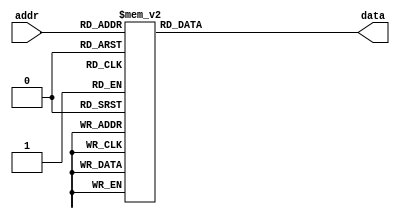
`timescale 1ns / 1ps
//////////////////////////////////////////////////////////////////////////////////
// Company: 
// Engineer: 
// 
// Design Name: 
// Module Name:    ROM_Title 
// Project Name: 
// Target Devices: 
// Tool versions: 
// Description: 
//
// Dependencies: 
//
// Revision: 
// Revision 0.01 - File Created
// Additional Comments: 
//
//////////////////////////////////////////////////////////////////////////////////
module ROM_Title(
    input [5:0] addr,
    output reg [215:0] data
    );

always @* begin
	case(addr)
		6'h0: data = 216'b000000001111111100000000000000000000111111111111111100000000000000001111111111111111111100000000000011111111111111110000000011111111000000000000111111110000000011111111111111111111111100001111111100000000000011111111;
		6'h1: data = 216'b000000001111111100000000000000000000111111111111111100000000000000001111111111111111111100000000000011111111111111110000000011111111000000000000111111110000000011111111111111111111111100001111111100000000000011111111;
		6'h2: data = 216'b000000001111111100000000000000000000111111111111111100000000000000001111111111111111111100000000000011111111111111110000000011111111000000000000111111110000000011111111111111111111111100001111111100000000000011111111;
		6'h3: data = 216'b000000001111111100000000000000000000111111111111111100000000000000001111111111111111111100000000000011111111111111110000000011111111000000000000111111110000000011111111111111111111111100001111111100000000000011111111;
		6'h4: data = 216'b000011111111111111110000000000000000000011111111000000000000000011111111000000001111111100000000111111110000000011111111000011111111000000000000111111110000000000000000000000001111111100001111111100000000000011111111;
		6'h5: data = 216'b000011111111111111110000000000000000000011111111000000000000000011111111000000001111111100000000111111110000000011111111000011111111000000000000111111110000000000000000000000001111111100001111111100000000000011111111;
		6'h6: data = 216'b000011111111111111110000000000000000000011111111000000000000000011111111000000001111111100000000111111110000000011111111000011111111000000000000111111110000000000000000000000001111111100001111111100000000000011111111;
		6'h7: data = 216'b000011111111111111110000000000000000000011111111000000000000000011111111000000001111111100000000111111110000000011111111000011111111000000000000111111110000000000000000000000001111111100001111111100000000000011111111;
		6'h8: data = 216'b111111110000000011111111000000000000000011111111000000000000000011111111000000001111111100000000111111110000000011111111000011111111111100001111111111110000000000000000000000001111111100001111111111110000111111111111;
		6'h9: data = 216'b111111110000000011111111000000000000000011111111000000000000000011111111000000001111111100000000111111110000000011111111000011111111111100001111111111110000000000000000000000001111111100001111111111110000111111111111;
		6'ha: data = 216'b111111110000000011111111000000000000000011111111000000000000000011111111000000001111111100000000111111110000000011111111000011111111111100001111111111110000000000000000000000001111111100001111111111110000111111111111;
		6'hb: data = 216'b111111110000000011111111000000000000000011111111000000000000000011111111000000001111111100000000111111110000000011111111000011111111111100001111111111110000000000000000000000001111111100001111111111110000111111111111;
		6'hc: data = 216'b111111110000000011111111000000000000000011111111000000000000000011111111000000001111111100000000111111110000000011111111000011111111000011110000111111110000000000000000000000001111111100001111111100001111000011111111;
		6'hd: data = 216'b111111110000000011111111000000000000000011111111000000000000000011111111000000001111111100000000111111110000000011111111000011111111000011110000111111110000000000000000000000001111111100001111111100001111000011111111;
		6'he: data = 216'b111111110000000011111111000000000000000011111111000000000000000011111111000000001111111100000000111111110000000011111111000011111111000011110000111111110000000000000000000000001111111100001111111100001111000011111111;
		6'hf: data = 216'b111111110000000011111111000000000000000011111111000000000000000011111111000000001111111100000000111111110000000011111111000011111111000011110000111111110000000000000000000000001111111100001111111100001111000011111111;
		6'h10: data = 216'b111111110000000011111111000000000000000011111111000000000000000000001111111111111111111100000000111111110000000011111111000011111111000011110000111111110000000000001111111111111111111100001111111100001111000011111111;
		6'h11: data = 216'b111111110000000011111111000000000000000011111111000000000000000000001111111111111111111100000000111111110000000011111111000011111111000011110000111111110000000000001111111111111111111100001111111100001111000011111111;
		6'h12: data = 216'b111111110000000011111111000000000000000011111111000000000000000000001111111111111111111100000000111111110000000011111111000011111111000011110000111111110000000000001111111111111111111100001111111100001111000011111111;
		6'h13: data = 216'b111111110000000011111111000000000000000011111111000000000000000000001111111111111111111100000000111111110000000011111111000011111111000011110000111111110000000000001111111111111111111100001111111100001111000011111111;
		6'h14: data = 216'b111111111111111111111111000000000000000011111111000000000000000000001111111100001111111100000000111111110000000011111111000011111111000011110000111111110000000000000000000000001111111100001111111100001111000011111111;
		6'h15: data = 216'b111111111111111111111111000000000000000011111111000000000000000000001111111100001111111100000000111111110000000011111111000011111111000011110000111111110000000000000000000000001111111100001111111100001111000011111111;
		6'h16: data = 216'b111111111111111111111111000000000000000011111111000000000000000000001111111100001111111100000000111111110000000011111111000011111111000011110000111111110000000000000000000000001111111100001111111100001111000011111111;
		6'h17: data = 216'b111111111111111111111111000000000000000011111111000000000000000000001111111100001111111100000000111111110000000011111111000011111111000011110000111111110000000000000000000000001111111100001111111100001111000011111111;
		6'h18: data = 216'b111111110000000011111111000000000000000011111111000000000000000011111111000000001111111100000000111111110000000011111111000011111111000000000000111111110000000000000000000000001111111100001111111100000000000011111111;
		6'h19: data = 216'b111111110000000011111111000000000000000011111111000000000000000011111111000000001111111100000000111111110000000011111111000011111111000000000000111111110000000000000000000000001111111100001111111100000000000011111111;
		6'h1a: data = 216'b111111110000000011111111000000000000000011111111000000000000000011111111000000001111111100000000111111110000000011111111000011111111000000000000111111110000000000000000000000001111111100001111111100000000000011111111;
		6'h1b: data = 216'b111111110000000011111111000000000000000011111111000000000000000011111111000000001111111100000000111111110000000011111111000011111111000000000000111111110000000000000000000000001111111100001111111100000000000011111111;
		6'h1c: data = 216'b111111110000000011111111000000000000000011111111000000000000000011111111000000001111111100000000111111110000000011111111000011111111000000000000111111110000000000000000000000001111111100001111111100000000000011111111;
		6'h1d: data = 216'b111111110000000011111111000000000000000011111111000000000000000011111111000000001111111100000000111111110000000011111111000011111111000000000000111111110000000000000000000000001111111100001111111100000000000011111111;
		6'h1e: data = 216'b111111110000000011111111000000000000000011111111000000000000000011111111000000001111111100000000111111110000000011111111000011111111000000000000111111110000000000000000000000001111111100001111111100000000000011111111;
		6'h1f: data = 216'b111111110000000011111111000000000000000011111111000000000000000011111111000000001111111100000000111111110000000011111111000011111111000000000000111111110000000000000000000000001111111100001111111100000000000011111111;
		6'h20: data = 216'b111111110000000011111111000000000000111111111111111100000000000011111111000000001111111100000000000011111111111111110000000011111111000000000000111111110000000011111111111111111111111100001111111100000000000011111111;
		6'h21: data = 216'b111111110000000011111111000000000000111111111111111100000000000011111111000000001111111100000000000011111111111111110000000011111111000000000000111111110000000011111111111111111111111100001111111100000000000011111111;
		6'h22: data = 216'b111111110000000011111111000000000000111111111111111100000000000011111111000000001111111100000000000011111111111111110000000011111111000000000000111111110000000011111111111111111111111100001111111100000000000011111111;
		6'h23: data = 216'b111111110000000011111111000000000000111111111111111100000000000011111111000000001111111100000000000011111111111111110000000011111111000000000000111111110000000011111111111111111111111100001111111100000000000011111111;
		
		default: data = 215'b0;
	endcase
end
endmodule